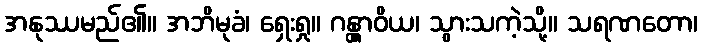
အနုဿမည်၏။ အဘိမုခံ၊ ရှေးရှု။ ဂန္တွာဝိယ၊ သွားသကဲ့သို့။ သရဏတော၊